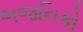
ભજનિકો